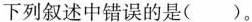
下列叙述中错误的是( )。